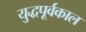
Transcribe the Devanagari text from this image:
युद्धपूर्वकाल